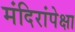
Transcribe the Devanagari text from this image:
मंदिरांपेक्षा